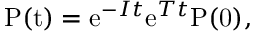
\mathrm { P ( t ) } = \mathrm { e } ^ { - I t } \mathrm { e } ^ { T t } \mathrm { P ( 0 ) } ,